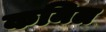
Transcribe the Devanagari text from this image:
कमिल